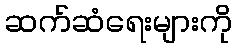
ဆက်ဆံရေးများကို